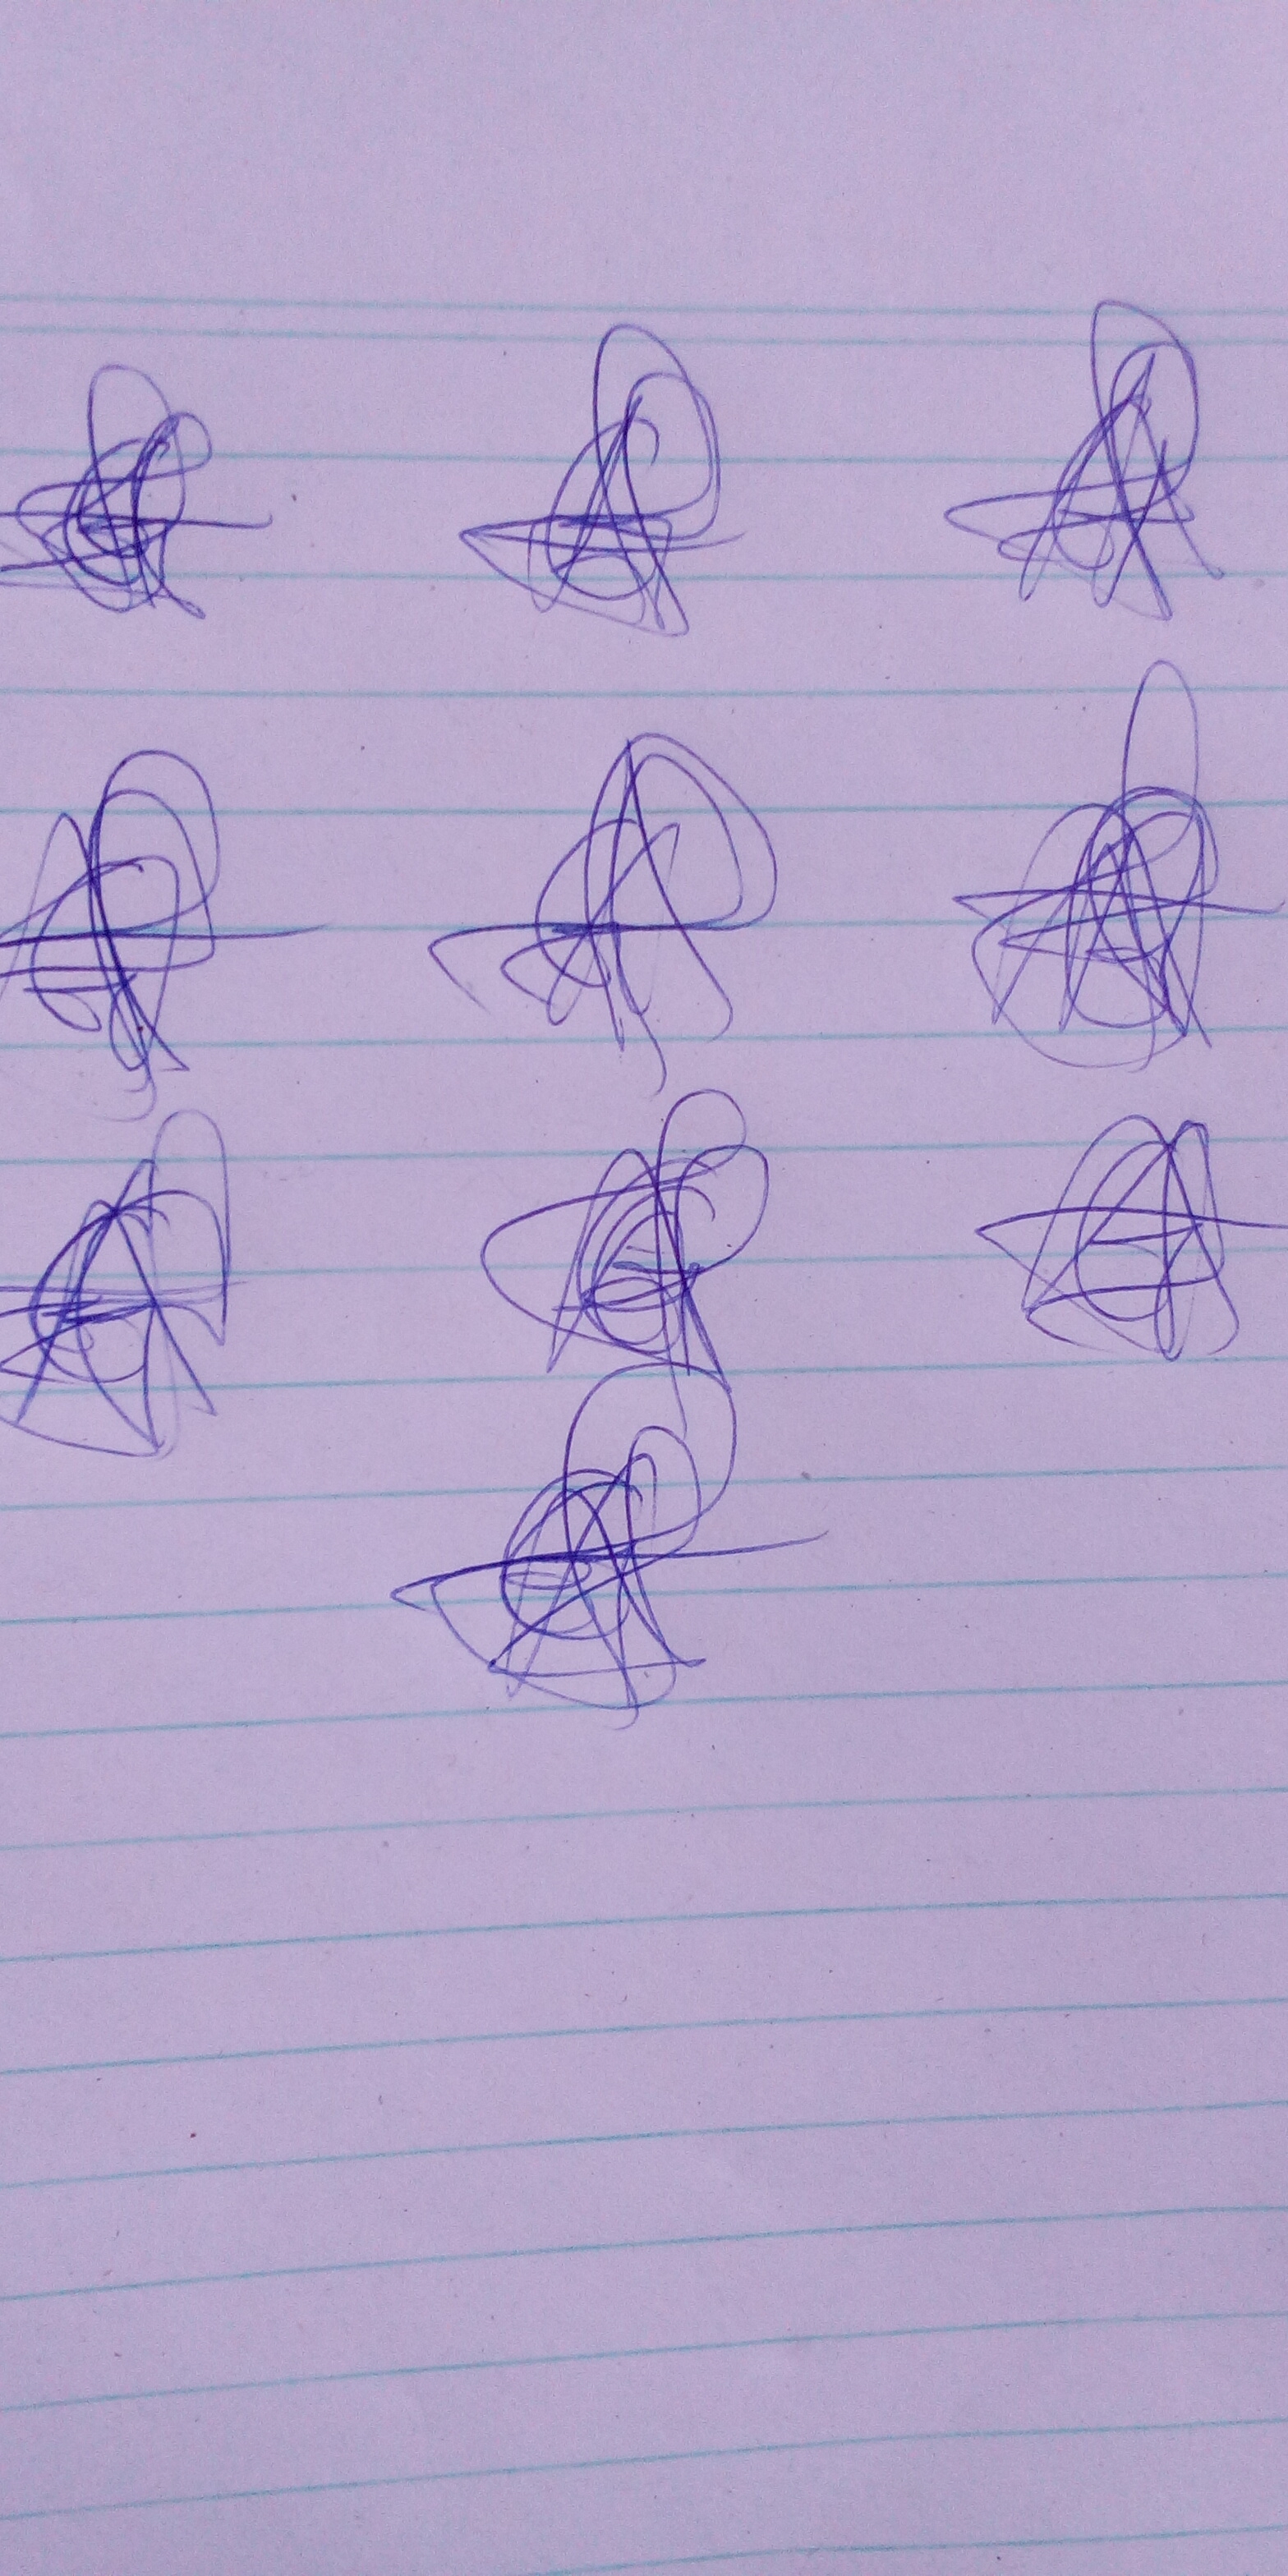
Signature authenticity: genuine